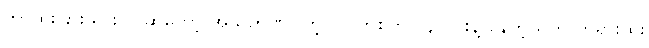
ဘာထူးခြားသွားလဲ ဆိုတော့ အသိဉာဏ်ပါတဲ့ ဝိပါက်စိတ် (၄) ပါးနဲ့ နေတဲ့သူက တရားထူး